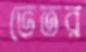
ভেতর